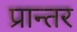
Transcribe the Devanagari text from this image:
प्रान्तर